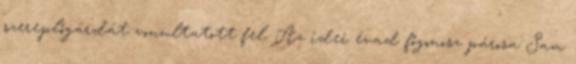
szereplőgárdát vonultatott fel. Az idei évad főgonosz párosa Sam